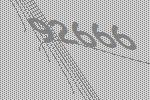
92666